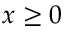
x \geq 0